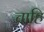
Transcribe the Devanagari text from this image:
चाहि